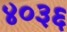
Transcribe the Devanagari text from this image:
४०३६